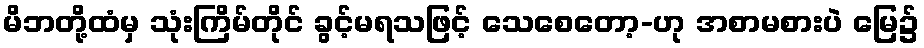
မိဘတို့ထံမှ သုံးကြိမ်တိုင် ခွင့်မရသဖြင့် သေစေတော့-ဟု အစာမစားပဲ မြေ၌